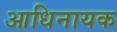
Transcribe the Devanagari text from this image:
आधिनायक